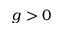
g > 0